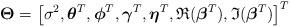
LaTeX: \begin{align*} \boldsymbol{\Theta}=\left[\sigma^2,\boldsymbol{\theta}^T,\boldsymbol{\phi}^T,\boldsymbol{\gamma}^T,\boldsymbol{\eta}^T,\mathfrak{R}(\boldsymbol{\beta}^T) ,\mathfrak{I}(\boldsymbol{\beta}^T)\right]^T\end{align*}